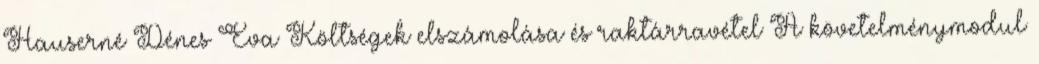
Hauserné Dénes Éva Költségek elszámolása és raktárravétel A követelménymodul